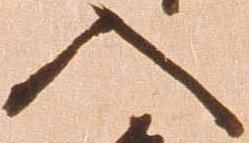
入